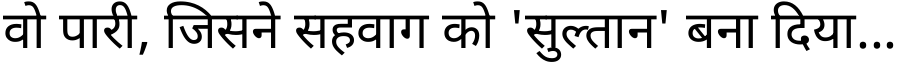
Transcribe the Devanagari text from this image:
वो पारी, जिसने सहवाग को 'सुल्तान' बना दिया...